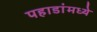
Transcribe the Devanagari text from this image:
पहाडांमध्ये